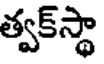
త్వక్స్థా